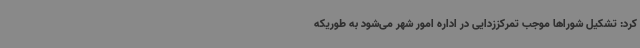
کرد: تشکیل شوراها موجب تمرکززدایی در اداره امور شهر می‌شود به طوریکه